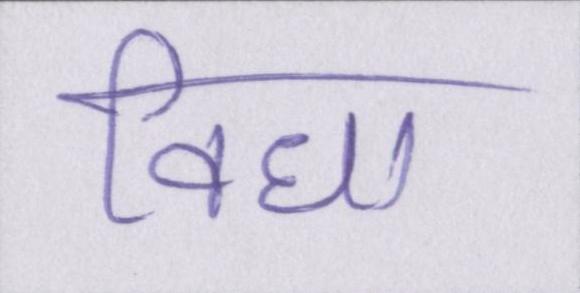
विधा